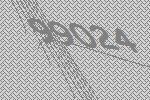
99024